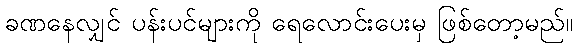
ခဏနေလျှင် ပန်းပင်များကို ရေလောင်းပေးမှ ဖြစ်တော့မည်။